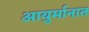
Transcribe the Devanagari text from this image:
आयुर्मानात